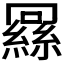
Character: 𬗶